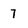
Character: 7